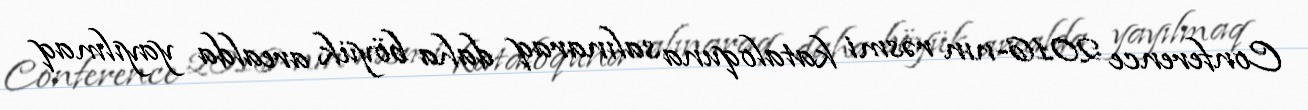
Conference 2016-nın rəsmi kataloquna salınaraq daha böyük arealda yayılmaq